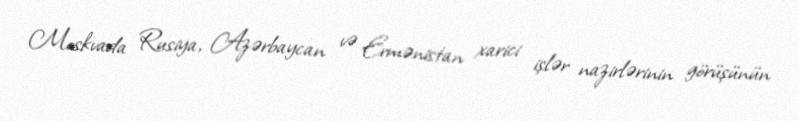
Moskvada Rusiya, Azərbaycan və Ermənistan xarici işlər nazirlərinin görüşünün